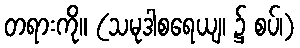
တရားကို။ (သမုဒါစရေယျ၊ ၌ စပ်၊)